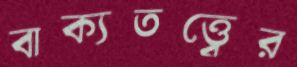
বাক্যতত্ত্বের